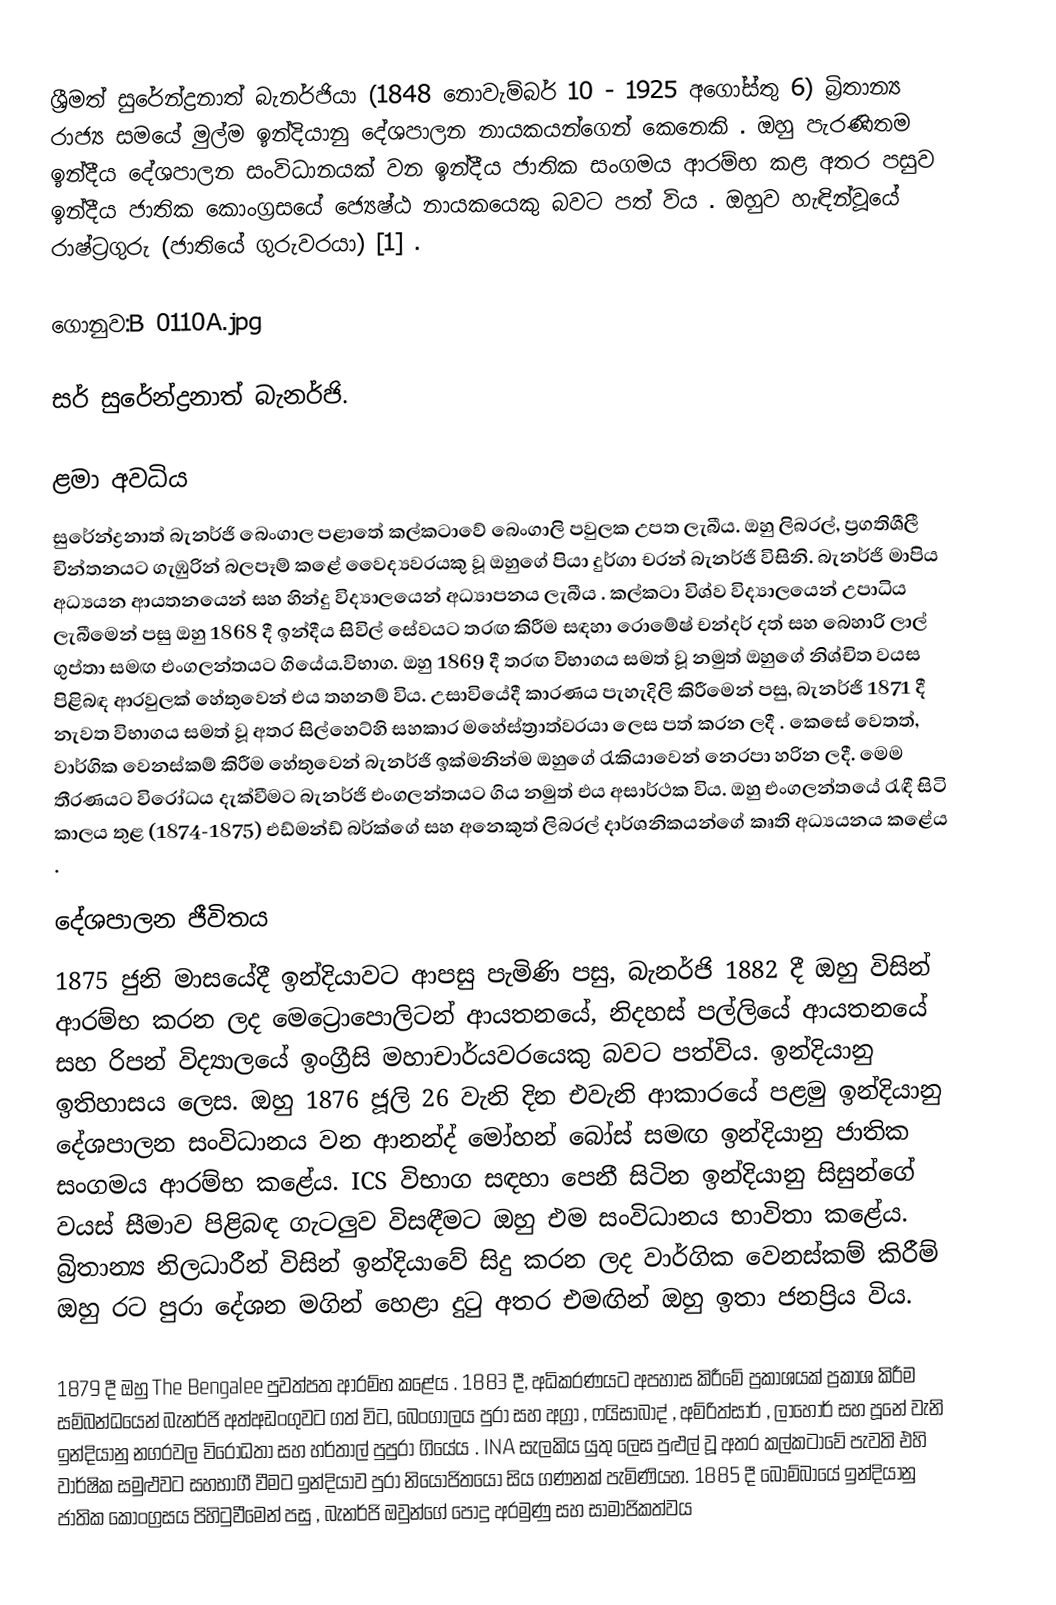
ශ්‍රීමත් සුරේන්ද්‍රනාත් බැනර්ජියා (1848 නොවැම්බර් 10 - 1925 අගෝස්තු 6) බ්‍රිතාන්‍ය රාජ්‍ය සමයේ මුල්ම ඉන්දියානු දේශපාලන නායකයන්ගෙන් කෙනෙකි . ඔහු පැරණිතම ඉන්දීය දේශපාලන සංවිධානයක් වන ඉන්දීය ජාතික සංගමය ආරම්භ කළ අතර පසුව ඉන්දීය ජාතික කොංග්‍රසයේ ජ්‍යෙෂ්ඨ නායකයෙකු බවට පත් විය . ඔහුව හැඳින්වූයේ රාෂ්ට්‍රගුරු (ජාතියේ ගුරුවරයා) [1] .

ගොනුව:B 0110A.jpg

සර් සුරේන්ද්‍රනාත් බැනර්ජි.

ළමා අවධිය
සුරේන්ද්‍රනාත් බැනර්ජි බෙංගාල පළාතේ කල්කටාවේ බෙංගාලි පවුලක උපත ලැබීය. ඔහු ලිබරල්, ප්‍රගතිශීලී චින්තනයට ගැඹුරින් බලපෑම් කළේ වෛද්‍යවරයකු වූ ඔහුගේ පියා දුර්ගා චරන් බැනර්ජි විසිනි. බැනර්ජි මාපිය අධ්‍යයන ආයතනයෙන් සහ හින්දු විද්‍යාලයෙන් අධ්‍යාපනය ලැබීය . කල්කටා විශ්ව විද්‍යාලයෙන් උපාධිය ලැබීමෙන් පසු ඔහු 1868 දී ඉන්දීය සිවිල් සේවයට තරඟ කිරීම සඳහා රොමේෂ් චන්දර් දත් සහ බෙහාරි ලාල් ගුප්තා සමඟ එංගලන්තයට ගියේය.විභාග. ඔහු 1869 දී තරඟ විභාගය සමත් වූ නමුත් ඔහුගේ නිශ්චිත වයස පිළිබඳ ආරවුලක් හේතුවෙන් එය තහනම් විය. උසාවියේදී කාරණය පැහැදිලි කිරීමෙන් පසු, බැනර්ජි 1871 දී නැවත විභාගය සමත් වූ අතර සිල්හෙට්හි සහකාර මහේස්ත්‍රාත්වරයා ලෙස පත් කරන ලදී . කෙසේ වෙතත්, වාර්ගික වෙනස්කම් කිරීම හේතුවෙන් බැනර්ජි ඉක්මනින්ම ඔහුගේ රැකියාවෙන් නෙරපා හරින ලදී. මෙම තීරණයට විරෝධය දැක්වීමට බැනර්ජි එංගලන්තයට ගිය නමුත් එය අසාර්ථක විය. ඔහු එංගලන්තයේ රැඳී සිටි කාලය තුළ (1874-1875) එඩ්මන්ඩ් බර්ක්ගේ සහ අනෙකුත් ලිබරල් දාර්ශනිකයන්ගේ කෘති අධ්‍යයනය කළේය .

දේශපාලන ජීවිතය
1875 ජුනි මාසයේදී ඉන්දියාවට ආපසු පැමිණි පසු, බැනර්ජි 1882 දී ඔහු විසින් ආරම්භ කරන ලද මෙට්‍රොපොලිටන් ආයතනයේ, නිදහස් පල්ලියේ ආයතනයේ සහ රිපන් විද්‍යාලයේ ඉංග්‍රීසි මහාචාර්යවරයෙකු බවට පත්විය. ඉන්දියානු ඉතිහාසය ලෙස. ඔහු 1876 ජූලි 26 වැනි දින එවැනි ආකාරයේ පළමු ඉන්දියානු දේශපාලන සංවිධානය වන ආනන්ද් මෝහන් බෝස් සමඟ ඉන්දියානු ජාතික සංගමය ආරම්භ කළේය. ICS විභාග සඳහා පෙනී සිටින ඉන්දියානු සිසුන්ගේ වයස් සීමාව පිළිබඳ ගැටලුව විසඳීමට ඔහු එම සංවිධානය භාවිතා කළේය. බ්‍රිතාන්‍ය නිලධාරීන් විසින් ඉන්දියාවේ සිදු කරන ලද වාර්ගික වෙනස්කම් කිරීම් ඔහු රට පුරා දේශන මගින් හෙළා දුටු අතර එමඟින් ඔහු ඉතා ජනප්‍රිය විය.

1879 දී ඔහු The Bengalee පුවත්පත ආරම්භ කළේය . 1883 දී, අධිකරණයට අපහාස කිරීමේ ප්‍රකාශයක් ප්‍රකාශ කිරීම සම්බන්ධයෙන් බැනර්ජි අත්අඩංගුවට ගත් විට, බෙංගාලය පුරා සහ අග්‍රා , ෆයිසාබාද් , අම්රිත්සාර් , ලාහෝර් සහ පූනේ වැනි ඉන්දියානු නගරවල විරෝධතා සහ හර්තාල් පුපුරා ගියේය . INA සැලකිය යුතු ලෙස පුළුල් වූ අතර කල්කටාවේ පැවති එහි වාර්ෂික සමුළුවට සහභාගී වීමට ඉන්දියාව පුරා නියෝජිතයෝ සිය ගණනක් පැමිණියහ. 1885 දී බොම්බායේ ඉන්දියානු ජාතික කොංග්‍රසය පිහිටුවීමෙන් පසු , බැනර්ජි ඔවුන්ගේ පොදු අරමුණු සහ සාමාජිකත්වය